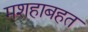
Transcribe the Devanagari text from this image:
मशहाबहत